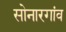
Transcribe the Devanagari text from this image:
सोनारगांव